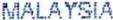
MALAYSIA